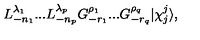
L _ { - n _ { 1 } } ^ { \lambda _ { 1 } } . . . L _ { - n _ { p } } ^ { \lambda _ { p } } G _ { - r _ { 1 } } ^ { \rho _ { 1 } } . . . G _ { - r _ { q } } ^ { \rho _ { q } } \vert \chi _ { j } ^ { j } \rangle { } ,